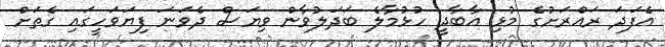
އެފަދަ ރައްރަށުގެ މުޅި އާބާދީ ހުޅުމާލެ ބަދަލުވާން ވިޔަސް ދެވަނަ ފިޔަވަހީގައި ގެތަށް